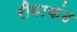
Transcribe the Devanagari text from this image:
रीवाकंठ